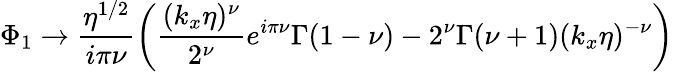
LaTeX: \Phi_{1}\rightarrow\frac{\eta^{1/2}}{i\pi\nu}\left(\frac{(k_{x}\eta)^{\nu}}{2^{\nu}}e^{i\pi\nu}\Gamma(1-\nu)-2^{\nu}\Gamma(\nu+1)(k_{x}\eta)^{-\nu}\right)